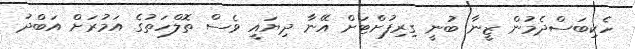
ހެކިބަސްދެމުން ޒީނާ ބުނީ ގިރިފުށްޓަށް އޭނާ ދިޔައީ ވެސް ތޮލްހަތުގެ އަމުރަށް އަބްދު